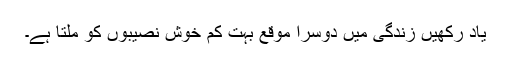
یاد رکھیں زندگی میں دُوسرا موقع بُہت کم خُوش نصیبوں کو مِلتا ہے۔